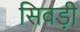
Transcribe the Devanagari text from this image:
सिवड़ी